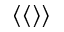
\langle \langle \rangle \rangle